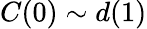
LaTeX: C(0)\sim d(1)